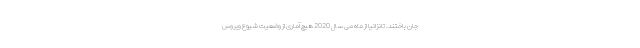
جان باختند. تانزانیا از ماه می سال 2020 هیچ آماری از وضعیت شیوع ویروس